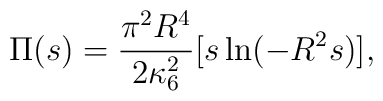
\Pi(s) = \frac{\pi^2 R^4}{2 \kappa_6^2} [s \ln(- R^2 s)],